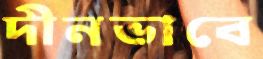
দীনভাবে